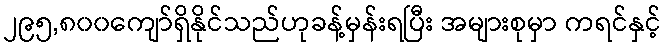
၂၉၅,၈၀၀ကျော်ရှိနိုင်သည်ဟုခန့်မှန်းရပြီး အများစုမှာ ကရင်နှင့်